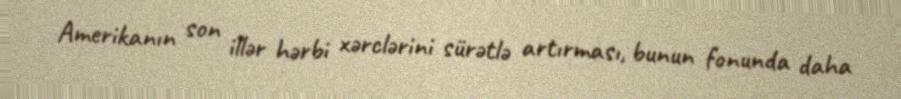
Amerikanın son illər hərbi xərclərini sürətlə artırması, bunun fonunda daha